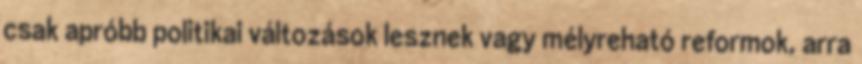
csak apróbb politikai változások lesznek vagy mélyreható reformok, arra